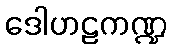
ဒေါဟဠကဏ္ဍ